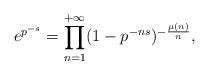
LaTeX: \begin{align*} e^{p^{-s}}=\prod_{n=1}^{+\infty} (1-p^{-ns})^{-\frac{\mu(n)}{n}},\end{align*}